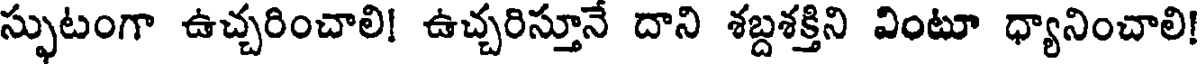
స్ఫుటంగా ఉచ్చరించాలి! ఉచ్చరిస్తూనే దాని శబ్దశక్తిని వింటూ ధ్యానించాలి